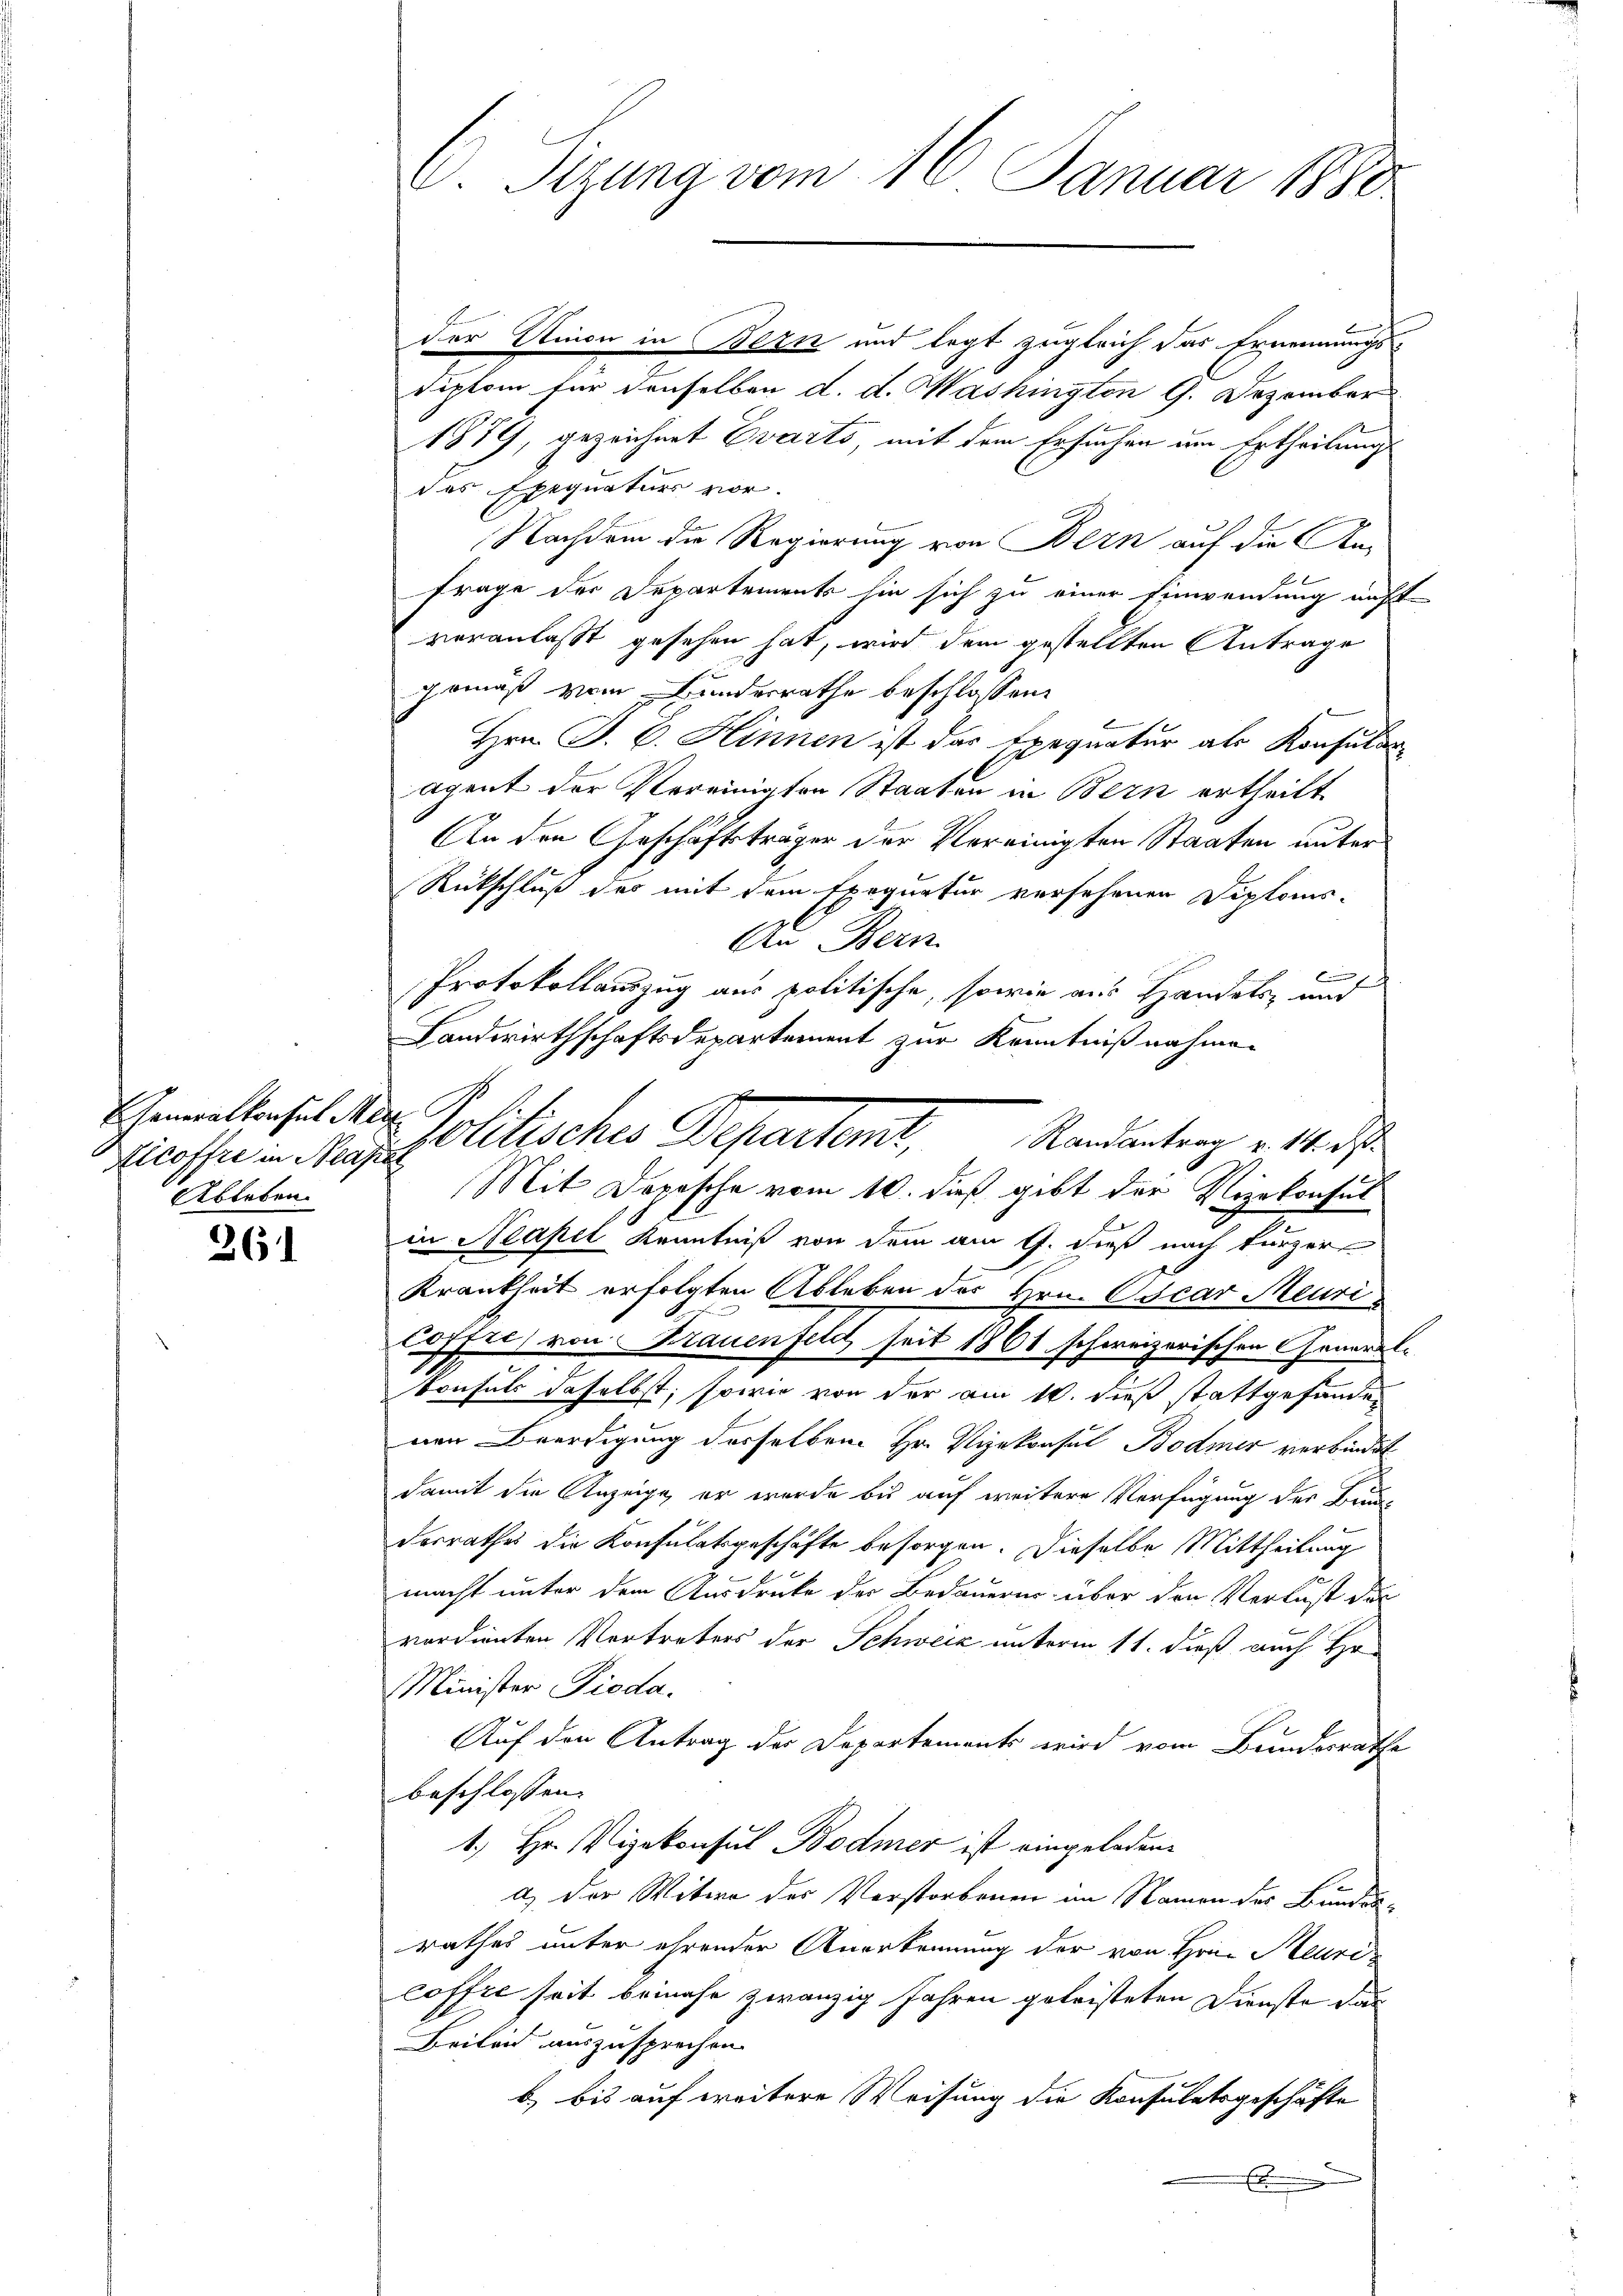
Generalkonsul Mer
Ableben.

261

C. Sitzung vom 16. Januar 1880

der Union in Bern und legt zugleich das Ernennungs¬
Siplom für denselben d. d. Washington G. Dezember
1879, gezeichnet Evarts, mit dem Ersuchen um Ertheilung
des Exequaturs vor.
Nachdem die Regierung von Bern auf die An-
Frage der Departements hin sich zu einer Einwendung unft-
veranlaßt gesehen hat, wird dem gestellten Antrage
gemäß vom Bundesrathe beschlossen:
Hrn. J. C. Hinnen ist das Exequatur als Konsular
Agent der Vereinigten Staaten in Bern ertheilt
An den Geschäftsträger der Vereinigten Staaten unter¬
Rückschluß des mit dem Exequatur versehenen Diploms-
An Bern
Protokollauszug aus politische, sowie aus Handels, und
Landwirthschaftsdepartement zur Kenntnißnahmen
Mit Depesche vom 10. daß gibt der Vizekonsul
9
in Neapel Kenntniß von dem am 9. dieß nach kürzer
Krankheit erfolgten Ableben der Hrn. Oscar Meuri
loffer von Krauenfeld seit 1861 schweizerischen General¬
Consuls daselbst, sowie von der am 10. dieß stattgefanden
nen Beerdigung derselben Hr. Vizekonsul Bodmer verbindet
damit die Anzeige, er wurde bis auf weitere Verfügung des Brude
desrathes die Konsulatsgeschäfte besorgen. Dieselbe Mittheilung
macht unter dem Ausdrucke der Bedauern über den Verlust der
verdienten Vertreters der Schweiz unterm 11. dieß auch H
Minister Pioda.
Auf den Antrag der Departements wird vom Bundesrathe
beschlossen:
1.) Hr. Vizekonsul Bodmer ist eingeladen.
a) der Witwe des Verstorbenen im Namen der Bunden-
rathes unter ehrender Anerkennung der von Hrn. Heure
coffte seit beinahe zwanzig Jahren geleisteten Dienste das
Beileid auszusprechen.
b bis auf weitere Weisung die Konsulatsgeschäfte

Ricothe in Neapolitisches Departent, Randantrag v. 14. ds